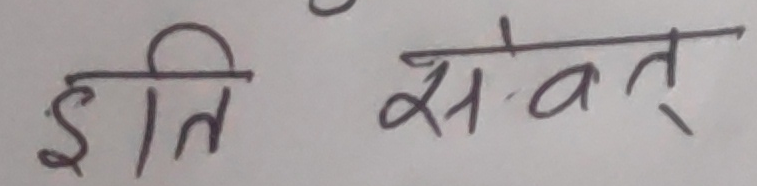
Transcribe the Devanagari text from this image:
इति संवत्